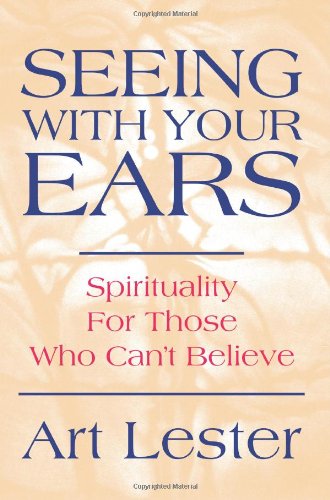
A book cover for Seeing With Your Ears: Spirituality For Those Who Can't Believe; Art Lester; Religion & Spirituality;